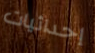
إحداثيات